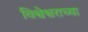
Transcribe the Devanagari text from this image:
विश्वेश्वराच्या